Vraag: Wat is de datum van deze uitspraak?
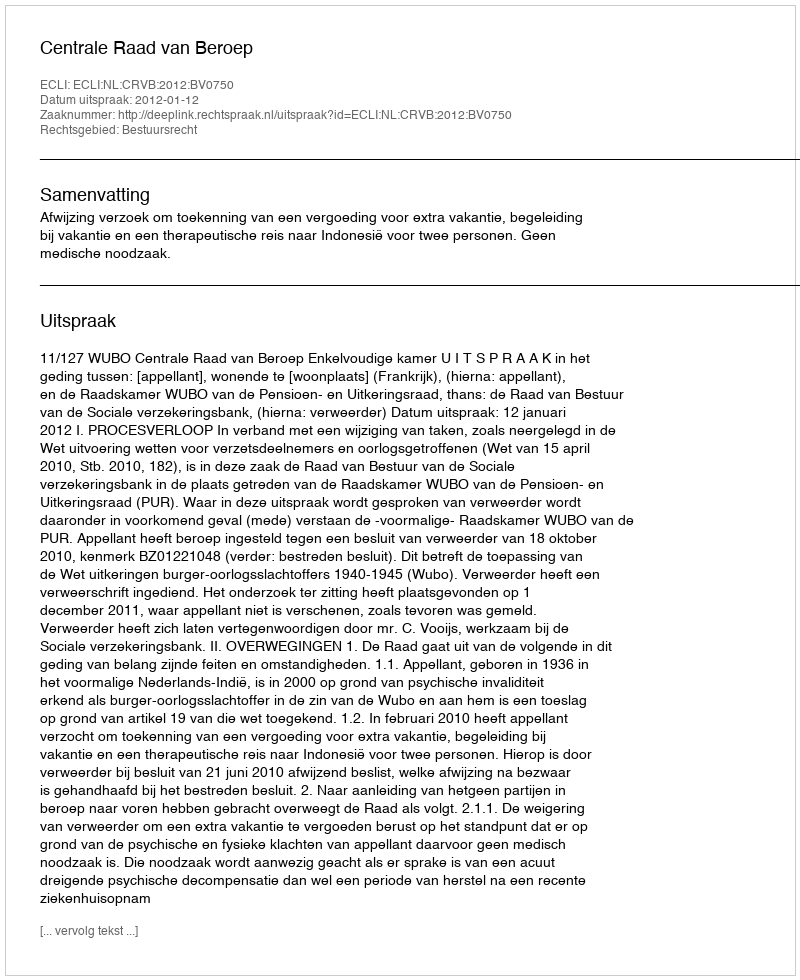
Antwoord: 2012-01-12